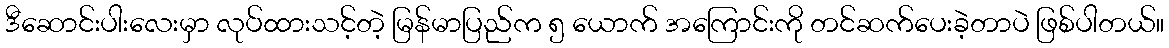
ဒီဆောင်းပါးလေးမှာ လုပ်ထားသင့်တဲ့ မြန်မာပြည်က ၅ ယောက် အကြောင်းကို တင်ဆက်ပေးခဲ့တာပဲ ဖြစ်ပါတယ်။